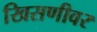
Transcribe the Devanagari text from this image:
खिसणीवर